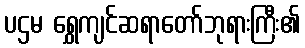
ပဌမ ရွှေကျင်ဆရာတော်ဘုရားကြီး၏